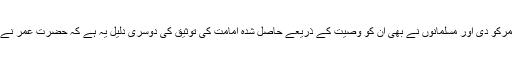
پہلی دلیل یہ ہے کہ ابو بکرنے وصیت کے ذریعے امامت حضرت عمرکو دی اور مسلمانوں نے بھی ان کو وصیت کے ذریعے حاصل شدہ امامت کی توثیق کی دوسری دلیل یہ ہے کہ حضرت عمر نے وصیت کے ذریعے امامت کا مسئلہ مشاورتی کمیٹی کے حوالے کیا۔